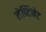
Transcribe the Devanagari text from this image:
लेफ्टिनेट